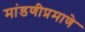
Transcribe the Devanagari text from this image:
मांडणीप्रमाणे